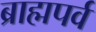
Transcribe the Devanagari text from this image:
ब्राह्मपर्व